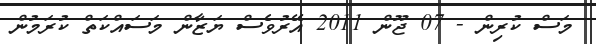
މަސް ކުރިން - 07 ޖޫން 2011 އޭރުވެސް ޔަޒާން މަސައްކަތް ކުރަމުން